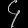
Digit: ၄